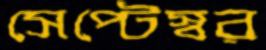
সেপ্টেস্বর